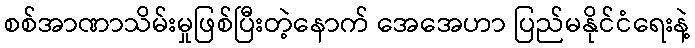
စစ်အာဏာသိမ်းမှုဖြစ်ပြီးတဲ့နောက် အေအေဟာ ပြည်မနိုင်ငံရေးနဲ့